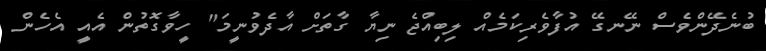
ބުނެދޭންވެސް ނޭނގޭ އުފާވެރިކަމެއް ލިބިއްޖެ ނިޔާ ގާތަށް އާދެވުނީމަ" ހީވާގޮތުން އެއީ އެހެން